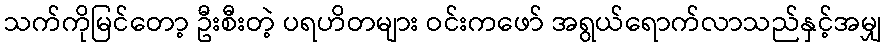
သက်ကိုမြင်တော့ ဦးစီးတဲ့ ပရဟိတများ ဝင်းကဖော် အရွယ်ရောက်လာသည်နှင့်အမျှ